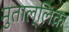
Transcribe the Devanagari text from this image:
मुताल्लिक़